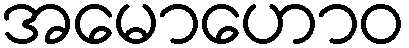
အမောဟောဝ